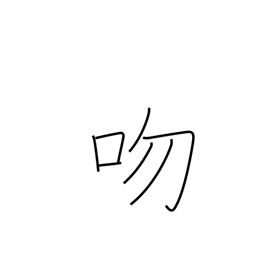
Meaning: proboscis